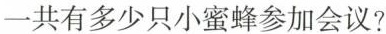
一共有多少只小蜜蜂参加会议?